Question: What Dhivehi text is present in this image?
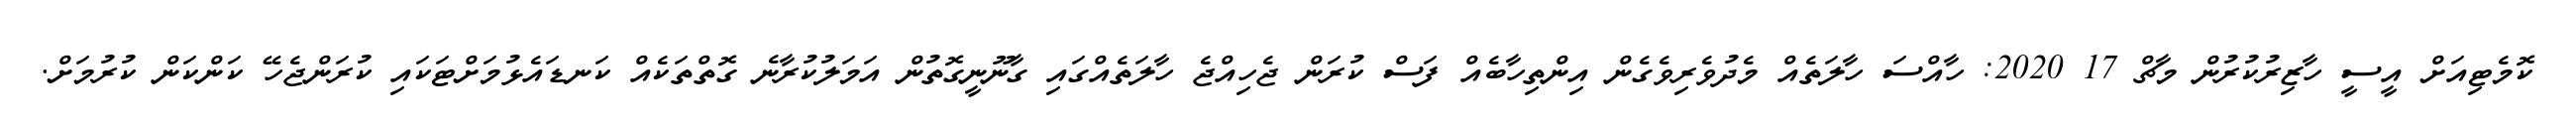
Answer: ކޮމެޓިއަށް އީސީ ހާޒިރުކުރުން މާޗް 17 2020: ހާއްސަ ހާލަތެއް މެދުވެރިވެގެން އިންތިހާބެއް ފަސް ކުރަން ޖެހިއްޖެ ހާލަތެއްގައި ގާނޫނީގޮތުން އަމަލުކުރާނެ ގޮތްތަކެއް ކަނޑައެޅުމަށްޓަކައި ކުރަންޖެހޭ ކަންކަން ކުރުމަށް.